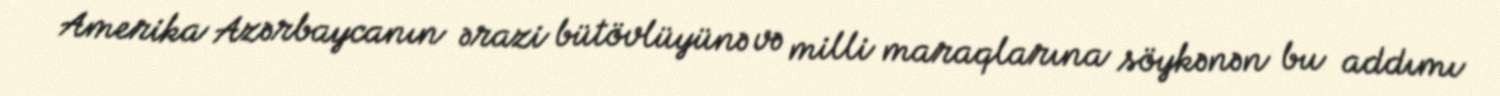
Amerika Azərbaycanın ərazi bütövlüyünə və milli maraqlarına söykənən bu addımı